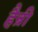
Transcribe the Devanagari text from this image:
हैन्री